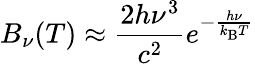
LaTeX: B_{\nu}(T)\approx{\frac{2h\nu^{3}}{c^{2}}}e^{-{\frac{h\nu}{k_{\mathrm{B}}T}}}